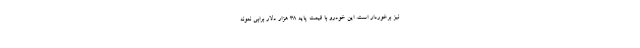
نیز برخوردار است. این خودرو با قیمت پایه 38 هزار دلار برابی نمونه